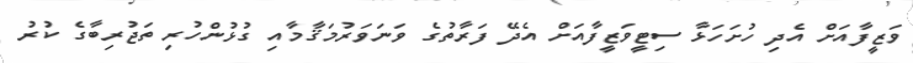
ވަޒީފާއަށް އެދި ހުށަހަޅާ ސިޓީވަޒީފާއަށް އެދޭ ފަރާތުގެ ވަނަވަރުމަޤާމާއި ގުޅުންހުރި ތަޖުރިބާގެ ކުރު